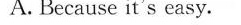
A. Because it's easy.